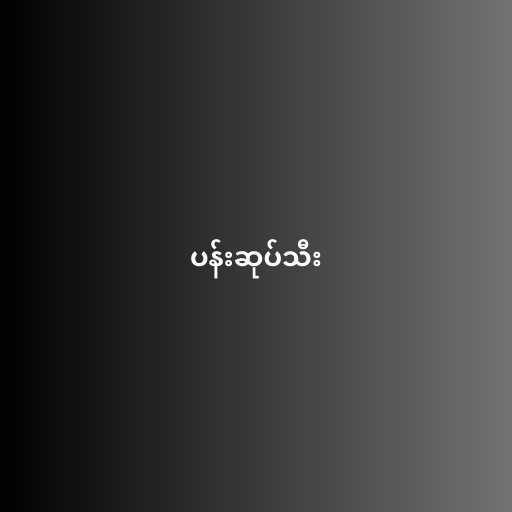
ပန်းဆုပ်သီး